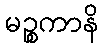
မဉ္စကာနိ